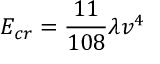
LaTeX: E _ { c r } = { \frac { 1 1 } { 1 0 8 } } \lambda v ^ { 4 }